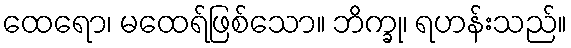
ထေရော၊ မထေရ်ဖြစ်သော။ ဘိက္ခု၊ ရဟန်းသည်။